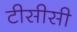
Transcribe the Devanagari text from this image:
टीसीसी